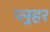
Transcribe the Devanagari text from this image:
प्लुहर